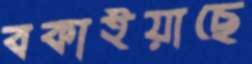
বকাইয়াছে